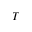
T